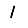
Digit: 1